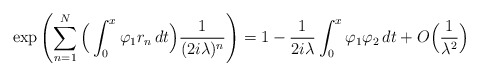
\begin{align*}\exp\left(\sum_{n=1}^N\Big(\int_0^x\varphi_1r_n\,dt\Big)\frac{1}{(2i\lambda)^n}\right)=1- \frac{1}{2i\lambda}\int_0^x \varphi_1\varphi_2\,dt+ O\Big(\frac{1}{\lambda^2}\Big)\end{align*}